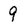
Character: 9